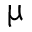
\upmu